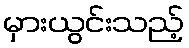
မှားယွင်းသည့်